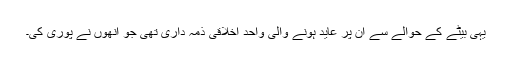
یہی بیٹے کے حوالے سے ان پر عاید ہونے والی واحد اخلاقی ذمہ داری تھی جو انھوں نے پوری کی۔